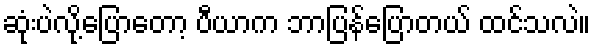
ဆုံးပဲလို့ပြောတော့ ပီယာက ဘာပြန်ပြောတယ် ထင်သလဲ။